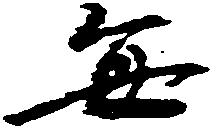
毎